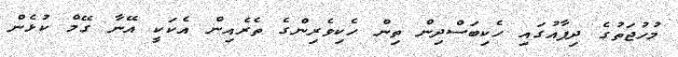
މުހުޖަތުގެ ދިފާއުގައި ހެކިބަސްދިން ތިން ހެކިވެރިންގެ ތެރެއިން އެކަކީ އޭނާ ގޭމް ކުޅެން